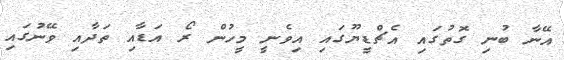
އޭނާ ބުނި ގޮތުގައި އެޗްޑީޔޫގައި އިވެނީ މީހުން ރޯ އަޑާއި ތަދާއި ވޭނުގައި